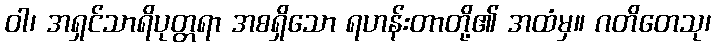
ဝါ၊ အရှင်သာရိပုတ္တရာ အစရှိသော ရဟန်းတာတို့၏ အထံမှ။ ဂတိတေသု၊